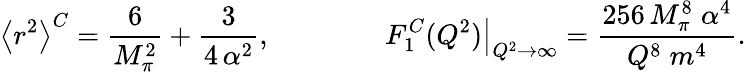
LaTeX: \left<r^{2}\right>^{C}=\frac{6}{M_{\pi}^{2}}+\frac{3}{4\, \alpha^{2}},\qquad\qquad\left.F_{1}^{C}(Q^{2})\right|_{Q^{2}\rightarrow\infty}=\frac{256\, M_{\pi}^{8}\; \alpha^{4}}{Q^{8}\; m^{4}}.